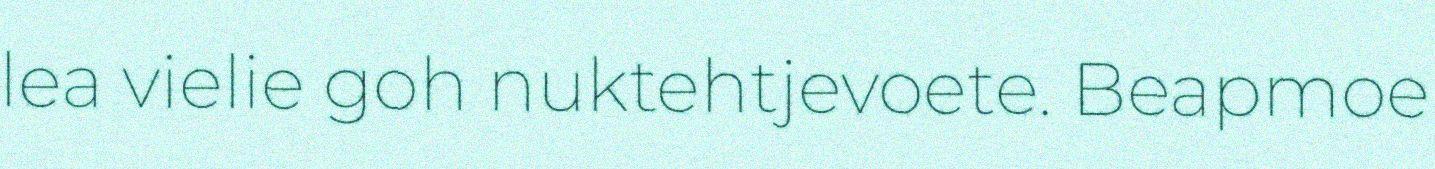
lea vielie goh nuktehtjevoete. Beapmoe